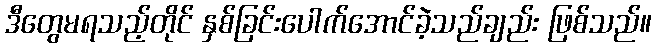
ဒီတွေမရသည့်တိုင် နှစ်ခြင်းပေါက်အောင်ခဲ့သည်ချည်း ဖြစ်သည်။